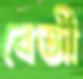
বেজী